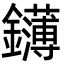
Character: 鑮